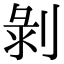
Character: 剝